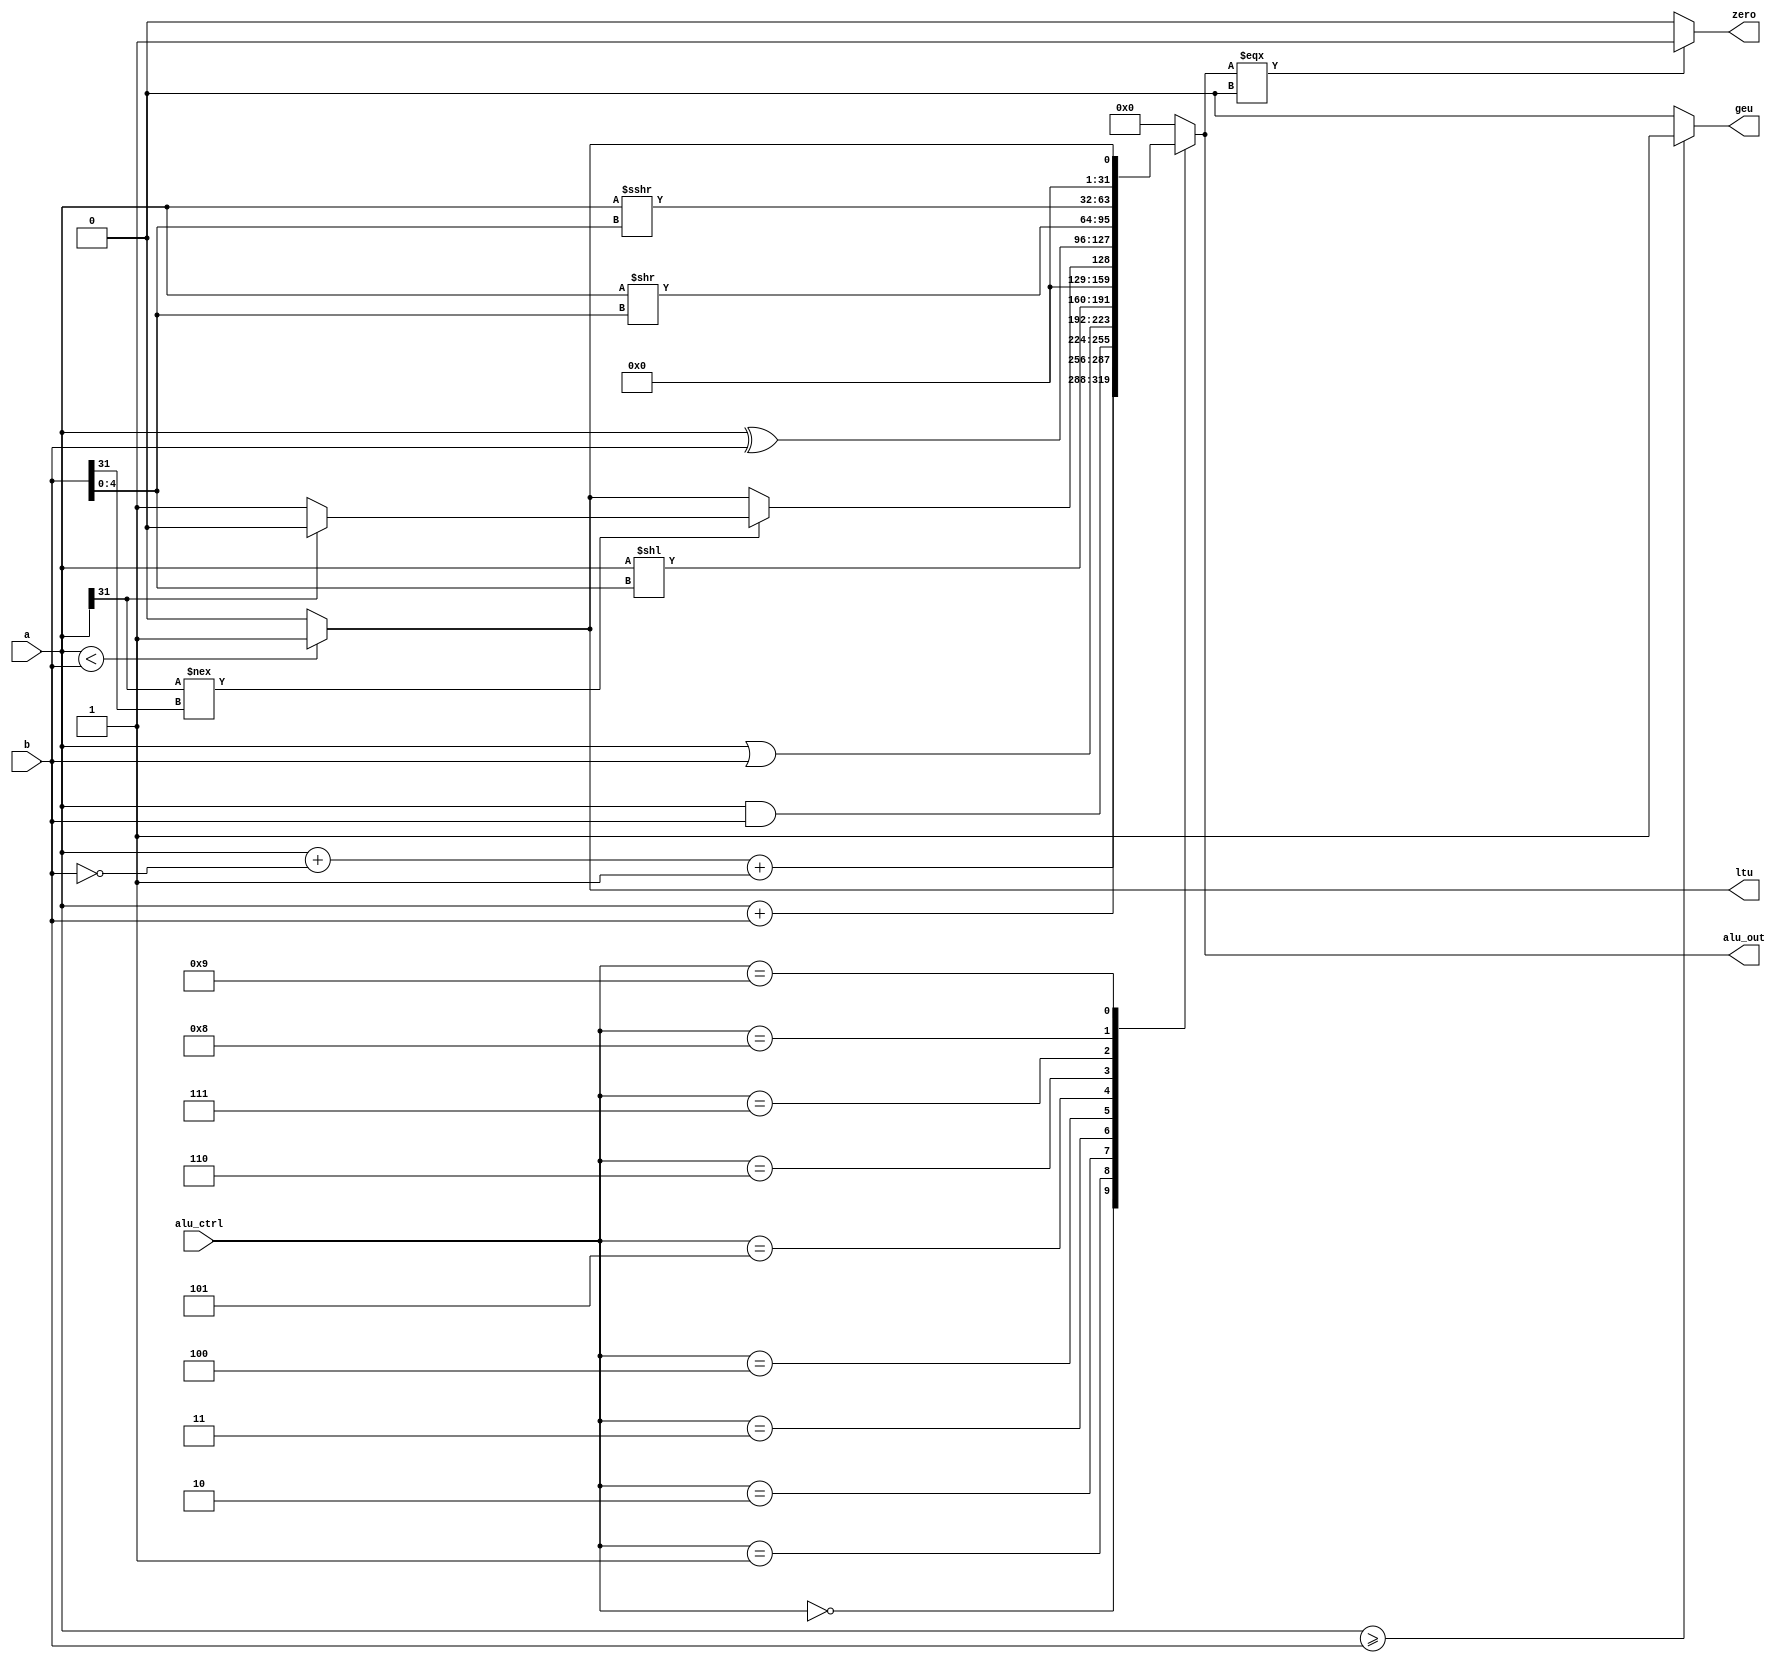
/*
# Team ID:          2396
# Theme:            AstroTinker Bot
# Author List:      Anirudh bhogi
# Filename:         alu
# File Description: Arithmetic Logic Uniot of the RISCV implemeneted 
# Global variables: None
*/
module alu #(parameter WIDTH = 32) (
    input       [WIDTH-1:0] a, b,       // operands
    input       [3:0] alu_ctrl,         // ALU control //was 2-bit
    output reg  [WIDTH-1:0] alu_out,    // ALU output
    output      zero, ltu, geu                    // zero flag
);

always @(a, b, alu_ctrl) begin
    case (alu_ctrl)
        4'b0000: alu_out = a + b;       // add
        4'b0001: alu_out = a + ~b + 1;  // sub
        4'b0010: alu_out = a & b;       // and
        4'b0011: alu_out = a | b;       // or
        4'b0100: alu_out = a << b[4:0]; // sll
        4'b0101: begin                   // slt
                    if (a[31] !== b[31]) alu_out = a[31] ? 0 : 1;
                    else alu_out = a < b ? 1 : 0;
                end
        4'b0110: alu_out = a ^ b;         // xor
        4'b0111: alu_out = a >> b[4:0];   // srl
        4'b1000: alu_out = a >>> b[4:0];  // sra
		  4'b1001: alu_out = a < b ? 1: 0;	 // sltu
        default: alu_out = 0;
    endcase
end

assign zero = (alu_out === 0) ? 1'b1 : 1'b0;
assign ltu	= (a < b) ? 1'b1 : 1'b0;
assign geu	= (a >= b) ? 1'b1 : 1'b0;

endmodule